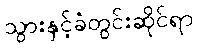
သွားနှင့်ခံတွင်းဆိုင်ရာ